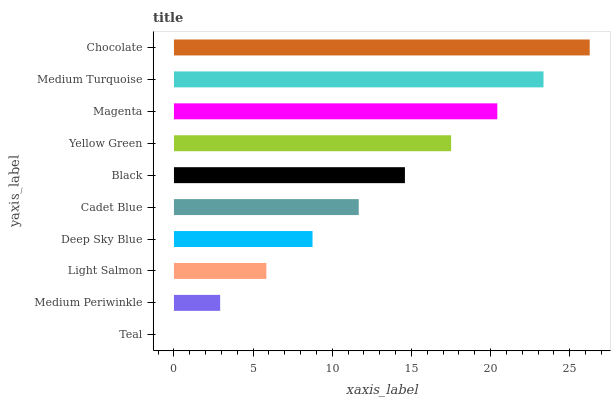
| yaxis_label | bars |
 | --- | --- |
 | Teal | 0 |
 | Medium Periwinkle | 2.92 |
 | Light Salmon | 5.84 |
 | Deep Sky Blue | 8.75 |
 | Cadet Blue | 11.7 |
 | Black | 14.6 |
 | Yellow Green | 17.5 |
 | Magenta | 20.4 |
 | Medium Turquoise | 23.3 |
 | Chocolate | 26.3 |